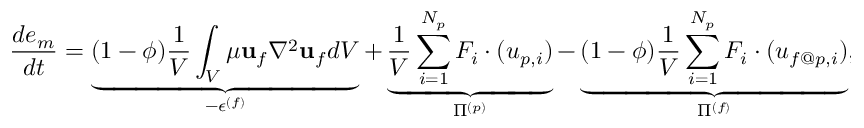
\frac { d e _ { m } } { d t } = \underbrace { ( 1 - \phi ) \frac { 1 } { V } \int _ { V } \mu { \mathbf u } _ { f } \nabla ^ { 2 } { \mathbf u } _ { f } d V } _ { - \epsilon ^ { ( f ) } } + \underbrace { \frac { 1 } { V } \sum _ { i = 1 } ^ { N _ { p } } F _ { i } \cdot ( u _ { p , i } ) } _ { \Pi ^ { ( p ) } } - \underbrace { ( 1 - \phi ) \frac { 1 } { V } \sum _ { i = 1 } ^ { N _ { p } } F _ { i } \cdot ( u _ { f @ p , i } ) } _ { \Pi ^ { ( f ) } } ,